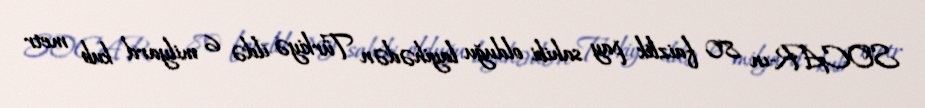
SOCAR-ın 80 faizlik pay sahibi olduğu layihədən Türkiyə ildə 6 milyard kub metr